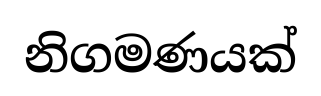
නිගමණයක්